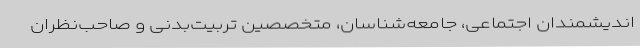
اندیشمندان اجتماعی، جامعه‌شناسان، متخصصین تربیت‌بدنی و صاحب‌نظران